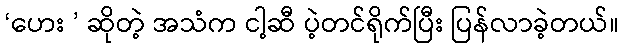
‘ဟေး ’ ဆိုတဲ့ အသံက ငါ့ဆီ ပဲ့တင်ရိုက်ပြီး ပြန်လာခဲ့တယ်။